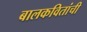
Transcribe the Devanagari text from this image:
बालकवितांची